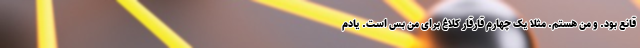
قانع بود. و من هستم. مثلا یک چهارم قارقار کلاغ برای من بس است. یادم